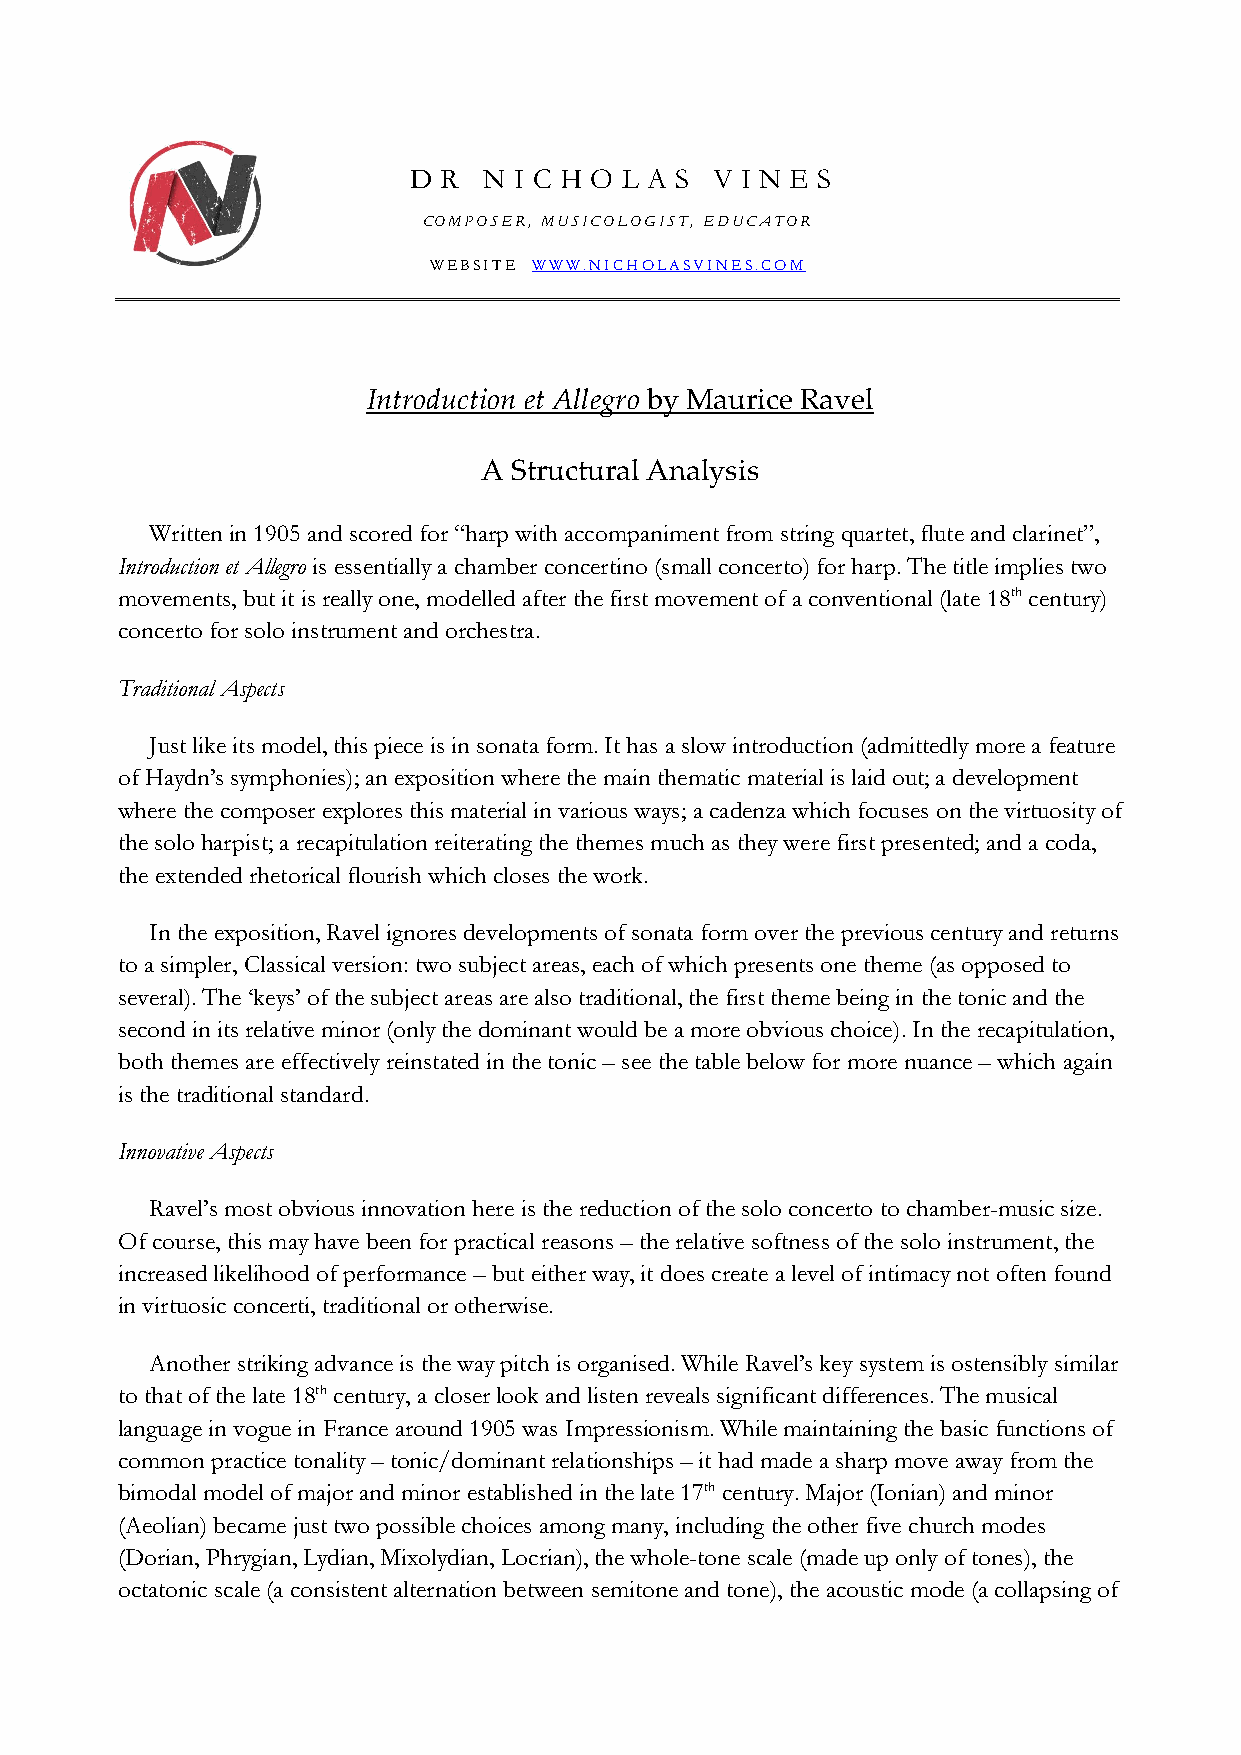
D R  N I C H O L A S V I N E S
 COMPOSER, MUSICOLOGIST, EDUCATOR
 WEBSITE WWW.NICHOLASVINES.COM
 Introduction et Allegro by Maurice Ravel
 A Structural Analysis
 Written in 1905 and scored for “harp with accompaniment from string quartet, flute and clarinet”,
 Introduction et Allegro is essentially a chamber concertino (small concerto) for harp. The title implies two
 movements, but it is really one, modelled after the first movement of a conventional (late 18th century)
 concerto for solo instrument and orchestra.
 Traditional Aspects
 Just like its model, this piece is in sonata form. It has a slow introduction (admittedly more a feature
 of Haydn’s symphonies); an exposition where the main thematic material is laid out; a development
 where the composer explores this material in various ways; a cadenza which focuses on the virtuosity of
 the solo harpist; a recapitulation reiterating the themes much as they were first presented; and a coda,
 the extended rhetorical flourish which closes the work.
 In the exposition, Ravel ignores developments of sonata form over the previous century and returns
 to a simpler, Classical version: two subject areas, each of which presents one theme (as opposed to
 several). The ‘keys’ of the subject areas are also traditional, the first theme being in the tonic and the
 second in its relative minor (only the dominant would be a more obvious choice). In the recapitulation,
 both themes are effectively reinstated in the tonic – see the table below for more nuance – which again
 is the traditional standard.
 Innovative Aspects
 Ravel’s most obvious innovation here is the reduction of the solo concerto to chamber-music size.
 Of course, this may have been for practical reasons – the relative softness of the solo instrument, the
 increased likelihood of performance – but either way, it does create a level of intimacy not often found
 in virtuosic concerti, traditional or otherwise.
 Another striking advance is the way pitch is organised. While Ravel’s key system is ostensibly similar
 to that of the late 18th century, a closer look and listen reveals significant differences. The musical
 language in vogue in France around 1905 was Impressionism. While maintaining the basic functions of
 common practice tonality – tonic/dominant relationships – it had made a sharp move away from the
 bimodal model of major and minor established in the late 17th century. Major (Ionian) and minor
 (Aeolian) became just two possible choices among many, including the other five church modes
 (Dorian, Phrygian, Lydian, Mixolydian, Locrian), the whole-tone scale (made up only of tones), the
 octatonic scale (a consistent alternation between semitone and tone), the acoustic mode (a collapsing of